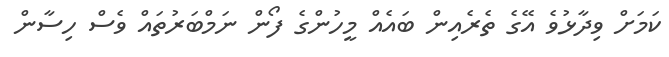
ކަމަށް ވިދާޅުވެ އޭގެ ތެރެއިން ބައެއް މީހުންގެ ފޯން ނަމްބަރުތައް ވެސް ހިސާން